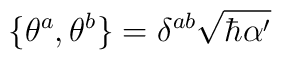
\{\theta^a,\theta^b\}=\delta^{a b} \sqrt{\hbar \alpha'}